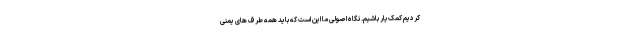
کردیم کمک‌یار باشیم. نگاه اصولی ما این است که باید همه طرف های یمنی